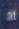
at